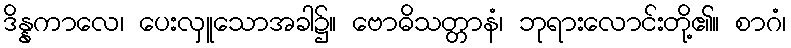
ဒိန္နကာလေ၊ ပေးလှူသောအခါ၌။ ဗောဓိသတ္တာနံ၊ ဘုရားလောင်းတို့၏။ စာဂံ၊